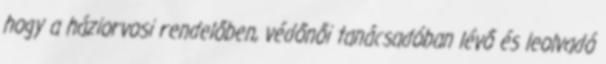
hogy a háziorvosi rendelőben, védőnői tanácsadóban lévő és leolvadó